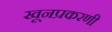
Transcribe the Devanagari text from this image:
खूनप्रकरणी